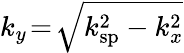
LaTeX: k_{y}\! =\! \sqrt{k_{\mathrm{sp}}^{2}-k_{x}^{2}}